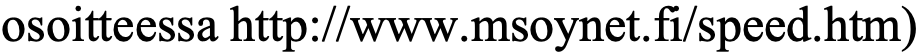
osoitteessa http://www.msoynet.fi/speed.htm)